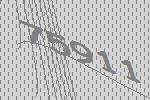
75911